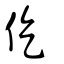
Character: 仡